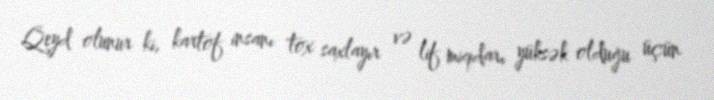
Qeyd olunur ki, kartof insanı tox saxlayır və lif miqdarı yüksək olduğu üçün